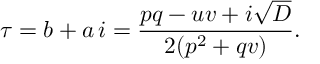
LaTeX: \tau = b + a \, i = \frac { p q - u v + i \sqrt { D } } { 2 ( p ^ { 2 } + q v ) } .